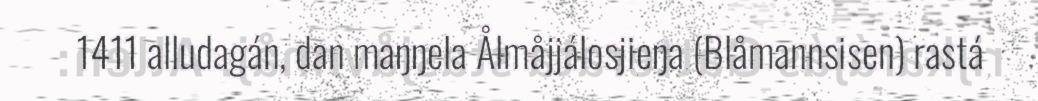
1411 alludagán, dan maŋŋela Ålmåjjálosjieŋa (Blåmannsisen) rastá